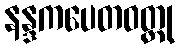
နန္ဒကပေတဝတ္ထု